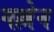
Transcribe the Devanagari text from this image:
गल्लेन